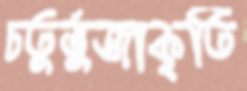
চতুর্ভুজাকৃতি